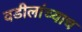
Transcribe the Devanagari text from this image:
वडीलांच्याच